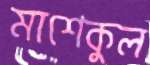
মাশেকুল